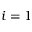
i = 1